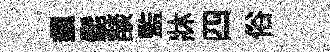
飆髭𦦨監牀四俗